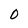
Character: 0